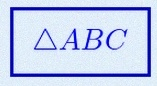
\triangle ABC